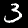
Digit: 3